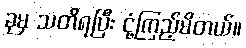
ခုမှ သတိရပြီး ငုံ့ကြည့်မိတယ်။